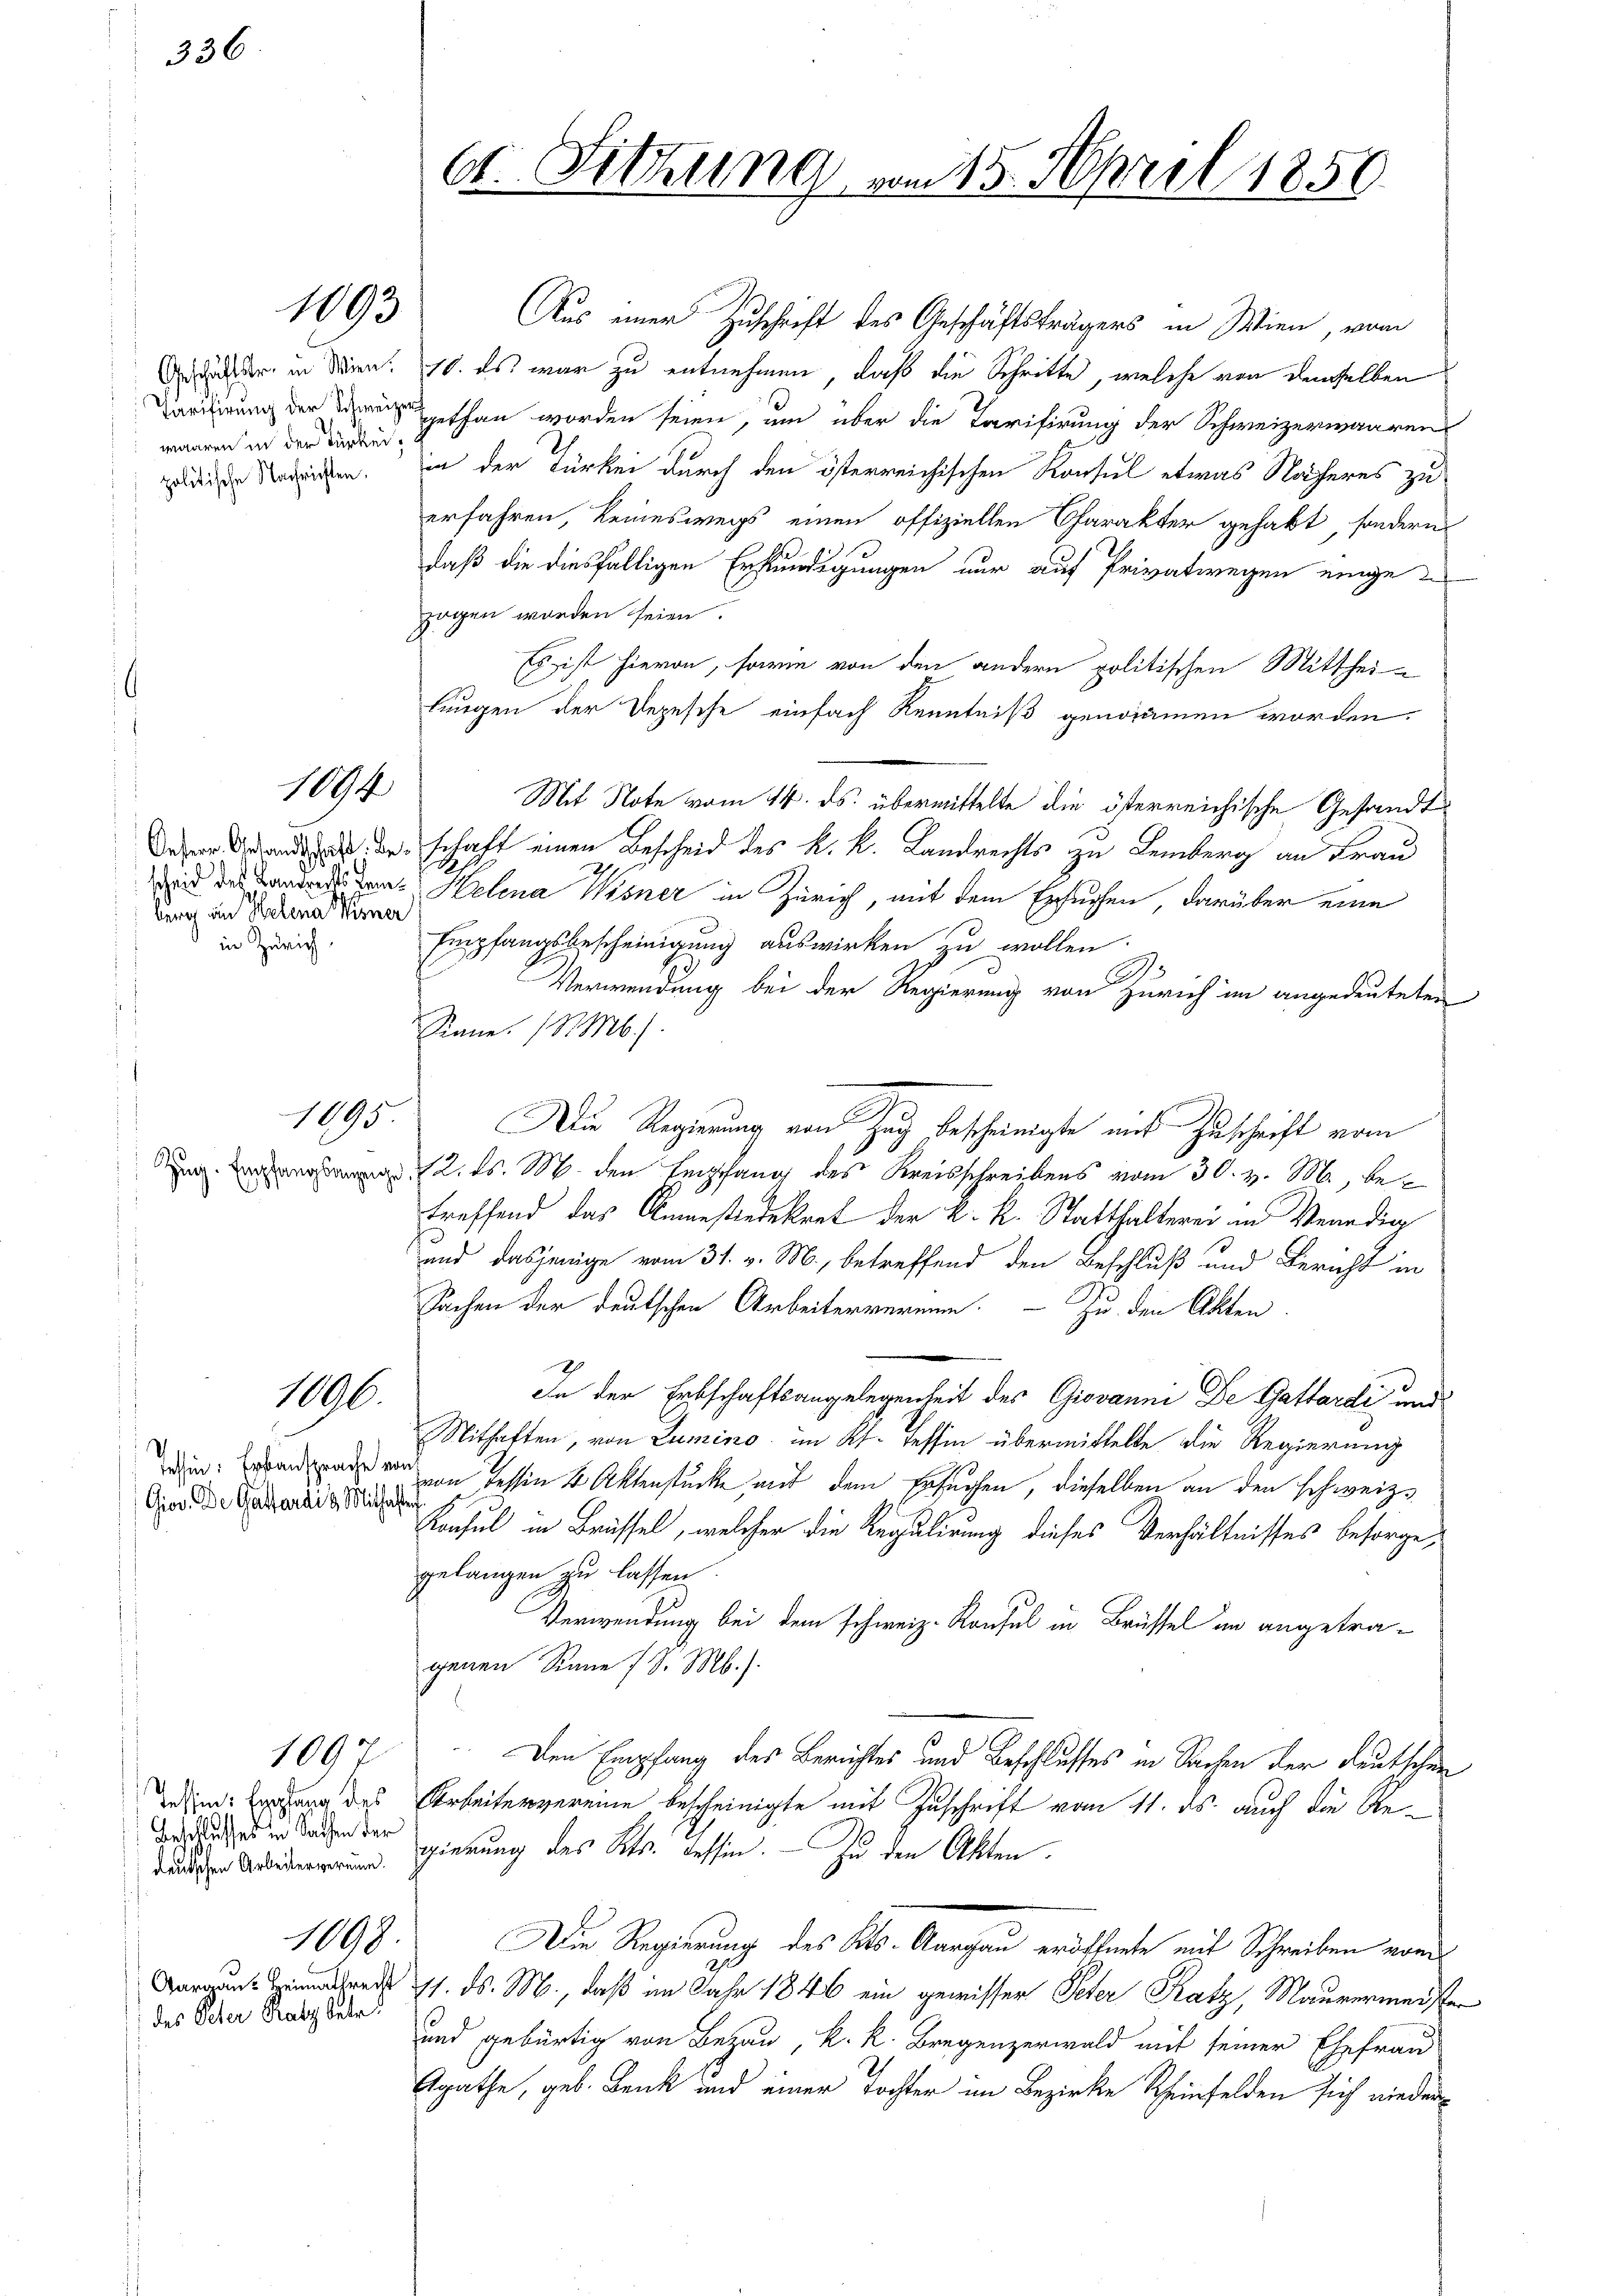
336

waaren in der Türkei¬

burg an Helena Wisner
in Zürich

Gior. De Gattardi & Mithaften

Beschlusses in Sachen der

1893

1194

1095.

1006.

1090

1098.

Aus einer Zuschrift des Geschäftsträgers in Wien, vom
 deder in deren 10. Es war zu entnehmen, daß die Schritte, welche von demselben
arisierung der gethan worden seien, um über die Tarifirung der Schweizerwaaren
die Vereichen. in der Türkei durch den österreichischen Konsul etwas Näheres zu
erfahren, keineswegs einen offiziellen Charakter gehabt, sondern
daß die diesfälligen Erkundigungen nur auf Privatwegen einge
zogen worden seien.
Es ist hievon, sowie von den andern politischen Mittheilungen der Depesche einfach Kenntniß genommen worden.
Mit Note vom 14. ds. übermittelte die österreichische Gesandt¬
 de schaft einen Bescheid des k. k. Landrechts zu Lemberg an Frau
24
und des Landsten Helena Wisner in Zürich, mit dem Ersuchen, darüber eine
Empfangsbescheinigung auswirken zu wollen.
Verwendung bei der Regierung von Zürich im angedeuteten
Sane. (S. M.)
Die Regierung von Zug bescheinigte mit Zuschrift vom
 2. ds. M. den Empfang des Kreisschreibens vom 30. v. M., betreffend das Ansiedekret der k. k. Statthalterei in Venedig
und dasjenige vom 31. v. M., betreffend den Beschluß und Bericht in
Sachen der deutschen Arbeitervermine. — Zu den Akten
In der Erbschaftsangelegenheit des Giovanni De Gattardi, und
Mithaften, von Lumino im Kt. Tessin übermittelte die Regierung
die: Wenn in Tessin 4 Aktenstücke, mit dem Ersuchen, dieselben an den schweiz.
Konsul in Brüssel, welcher die Regulirung dieses Verhältnisses besorgegelangen zu lassen.
Verwendung bei dem schweiz. Konsul in Brüssel an angetragenen Sinne d. M.).
Den Empfang des Berichtes und Beschlusses in Sachen der Deutschen
dein hang des Arbeitervereine bescheinigte mit Zuschrift vom 11. ds. auch die Regierung des Kts. Tessin. — Zu den Akten.
Die Regierung des Kts. Aargau eröffnete mit Schreiben vom
 1. d. M., daß im Jahr 1846 ein gewisser Peter Katz, Maurermeister
und gebürtig von Bezau, k. k. Bregenzerwald mit seiner Ehefrau
Agathe, geb. Bank und einer Tochter im Bezirke Rheinfelden sich nieder¬

des Peter Ratz betr.

Ct. Sitzung vom 15. April 1850.